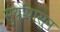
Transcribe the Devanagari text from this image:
सुर्यापासुन